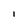
Character: I